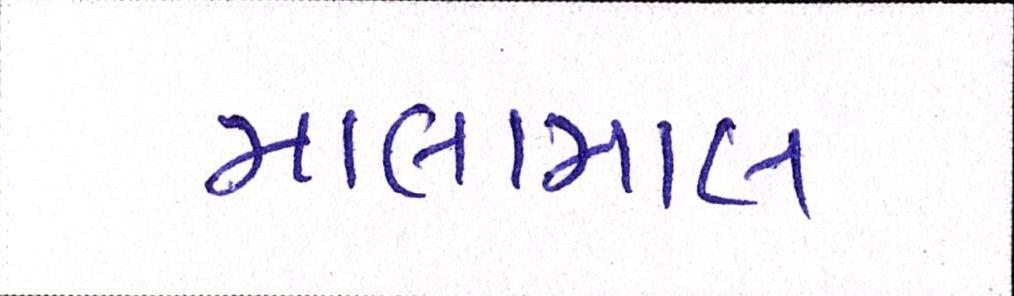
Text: માલામાલ